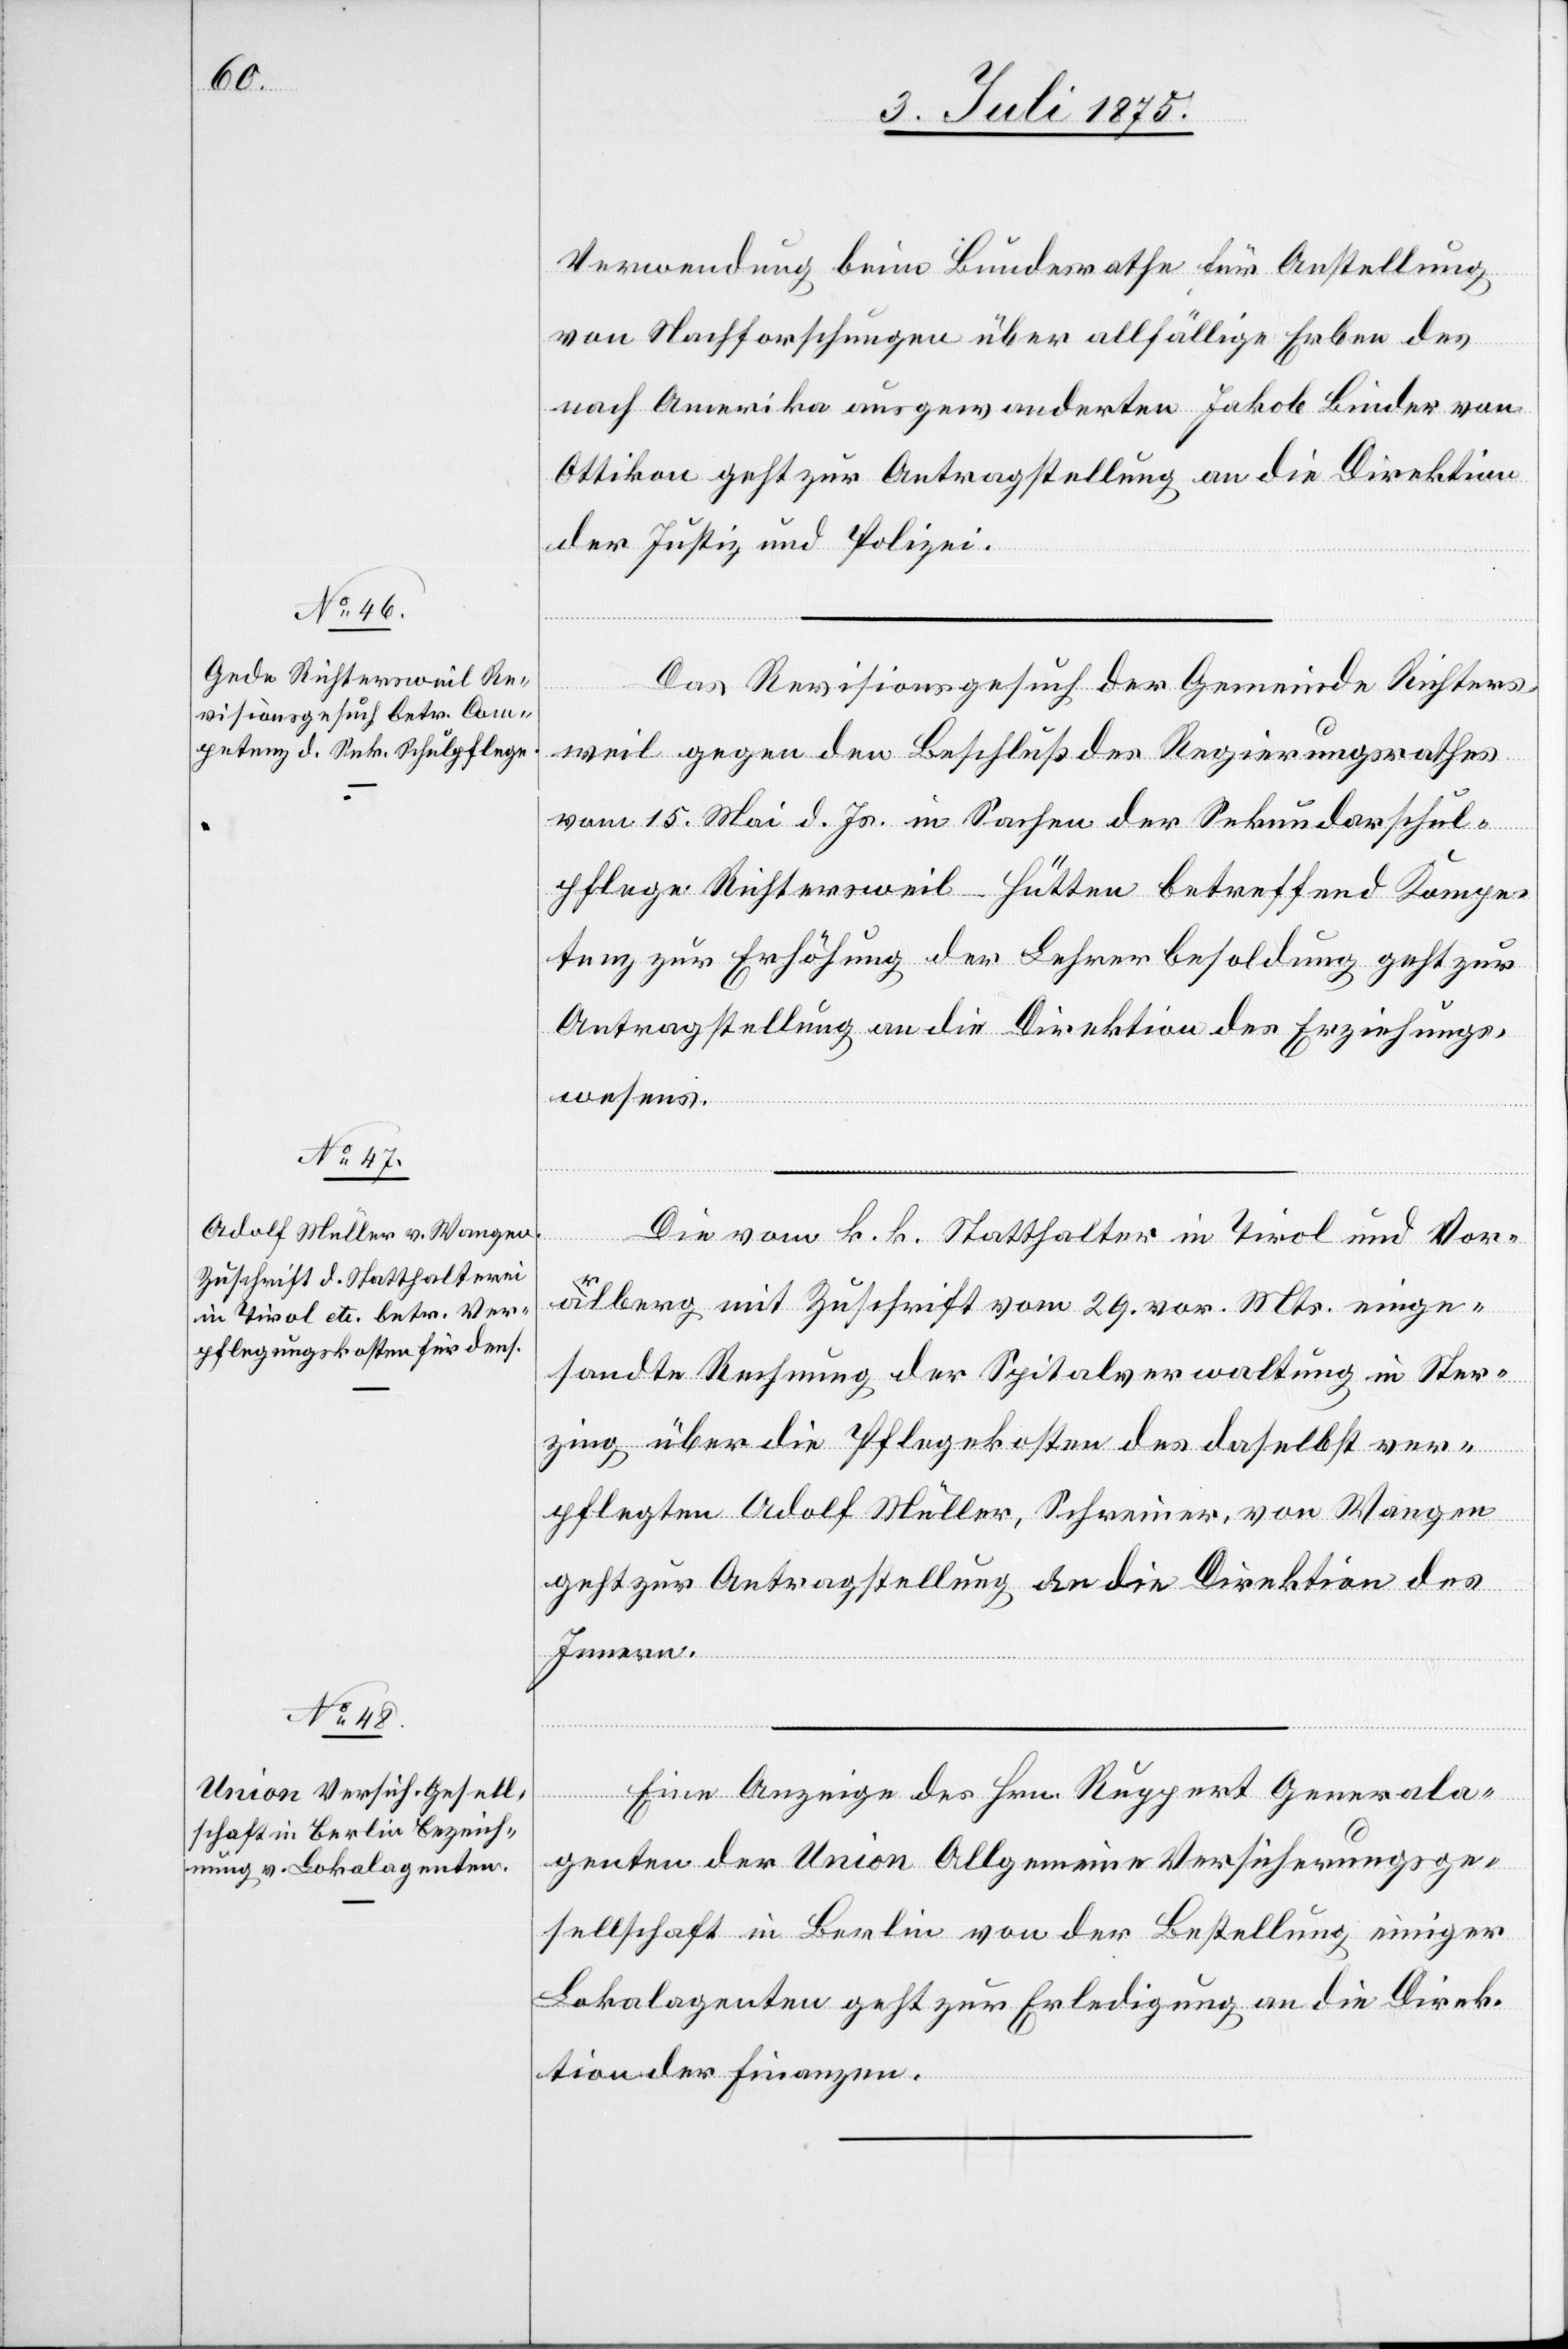
3. Juli 1875.]
Verwendung beim Bundesrathe für Anstellung
von Nachforschungen über allfällige Erben des
nach Amerika ausgewanderten Jakob Binder von
Ottikon geht zur Antragstellung an die Direktion
der Justiz und Polizei.
Das Revisionsgesuch der Gemeinde Richters¬
weil gegen den Beschluß des Regierungsrathes
vom 15. Mai d.Js. in Sachen der Sekundarschul¬
pflege Richtersweil-Hütten betreffend Kompe¬
tenz zur Erhöhung der Lehrerbesoldung geht zur
Antragstellung an die Direktion des Erziehungs¬
wesens.
Die vom k. k. Statthalter in Tirol und Vor¬
arlberg mit Zuschrift vom 29. vor. Mts einge¬
sandte Rechnung der Spitalverwaltung in Ster¬
zing über die Pflegekosten des daselbst ver¬
pflegten Adolf Müller, Schreiner, von Wangen
geht zur Antragstellung an die Direktion des
Innern.
Eine Anzeige des Hrn. Ruppert Generala¬
genten der Union Allgemeine Versicherungsge¬
sellschaft in Berlin von der Bestellung einiger
Lokalagenten geht zur Erledigung an die Direk¬
tion der Finanzen.